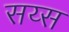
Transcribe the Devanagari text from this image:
सय्स